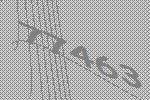
77463